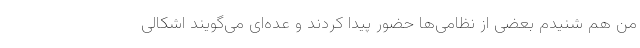
من هم شنیدم بعضی از نظامی‌ها حضور پیدا کردند و عده‌ای می‌گویند اشکالی